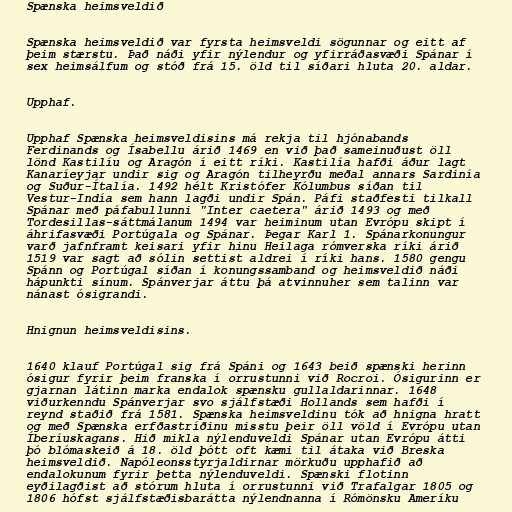
Spænska heimsveldið

Spænska heimsveldið var fyrsta heimsveldi sögunnar og eitt af
þeim stærstu. Það náði yfir nýlendur og yfirráðasvæði Spánar í
sex heimsálfum og stóð frá 15. öld til síðari hluta 20. aldar.

Upphaf.

Upphaf Spænska heimsveldisins má rekja til hjónabands
Ferdinands og Ísabellu árið 1469 en við það sameinuðust öll
lönd Kastilíu og Aragón í eitt ríki. Kastilía hafði áður lagt
Kanaríeyjar undir sig og Aragón tilheyrðu meðal annars Sardinía
og Suður-Ítalía. 1492 hélt Kristófer Kólumbus síðan til
Vestur-Indía sem hann lagði undir Spán. Páfi staðfesti tilkall
Spánar með páfabullunni "Inter caetera" árið 1493 og með
Tordesillas-sáttmálanum 1494 var heiminum utan Evrópu skipt í
áhrifasvæði Portúgala og Spánar. Þegar Karl 1. Spánarkonungur
varð jafnframt keisari yfir hinu Heilaga rómverska ríki árið
1519 var sagt að sólin settist aldrei í ríki hans. 1580 gengu
Spánn og Portúgal síðan í konungssamband og heimsveldið náði
hápunkti sínum. Spánverjar áttu þá atvinnuher sem talinn var
nánast ósigrandi.

Hnignun heimsveldisins.

1640 klauf Portúgal sig frá Spáni og 1643 beið spænski herinn
ósigur fyrir þeim franska í orrustunni við Rocroi. Ósigurinn er
gjarnan látinn marka endalok spænsku gullaldarinnar. 1648
viðurkenndu Spánverjar svo sjálfstæði Hollands sem hafði í
reynd staðið frá 1581. Spænska heimsveldinu tók að hnigna hratt
og með Spænska erfðastríðinu misstu þeir öll völd í Evrópu utan
Íberíuskagans. Hið mikla nýlenduveldi Spánar utan Evrópu átti
þó blómaskeið á 18. öld þótt oft kæmi til átaka við Breska
heimsveldið. Napóleonsstyrjaldirnar mörkuðu upphafið að
endalokunum fyrir þetta nýlenduveldi. Spænski flotinn
eyðilagðist að stórum hluta í orrustunni við Trafalgar 1805 og
1806 hófst sjálfstæðisbarátta nýlendnanna í Rómönsku Ameríku